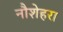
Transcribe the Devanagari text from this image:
नौशेहरा